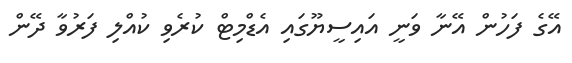
އޭގެ ފަހުން އޭނާ ވަނީ އައިސީޔޫގައި އެޑްމިޓް ކުރެވި ކުއްލި ފަރުވާ ދޭން